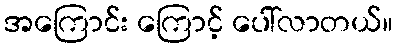
အကြောင်း ကြောင့် ပေါ်လာတယ်။